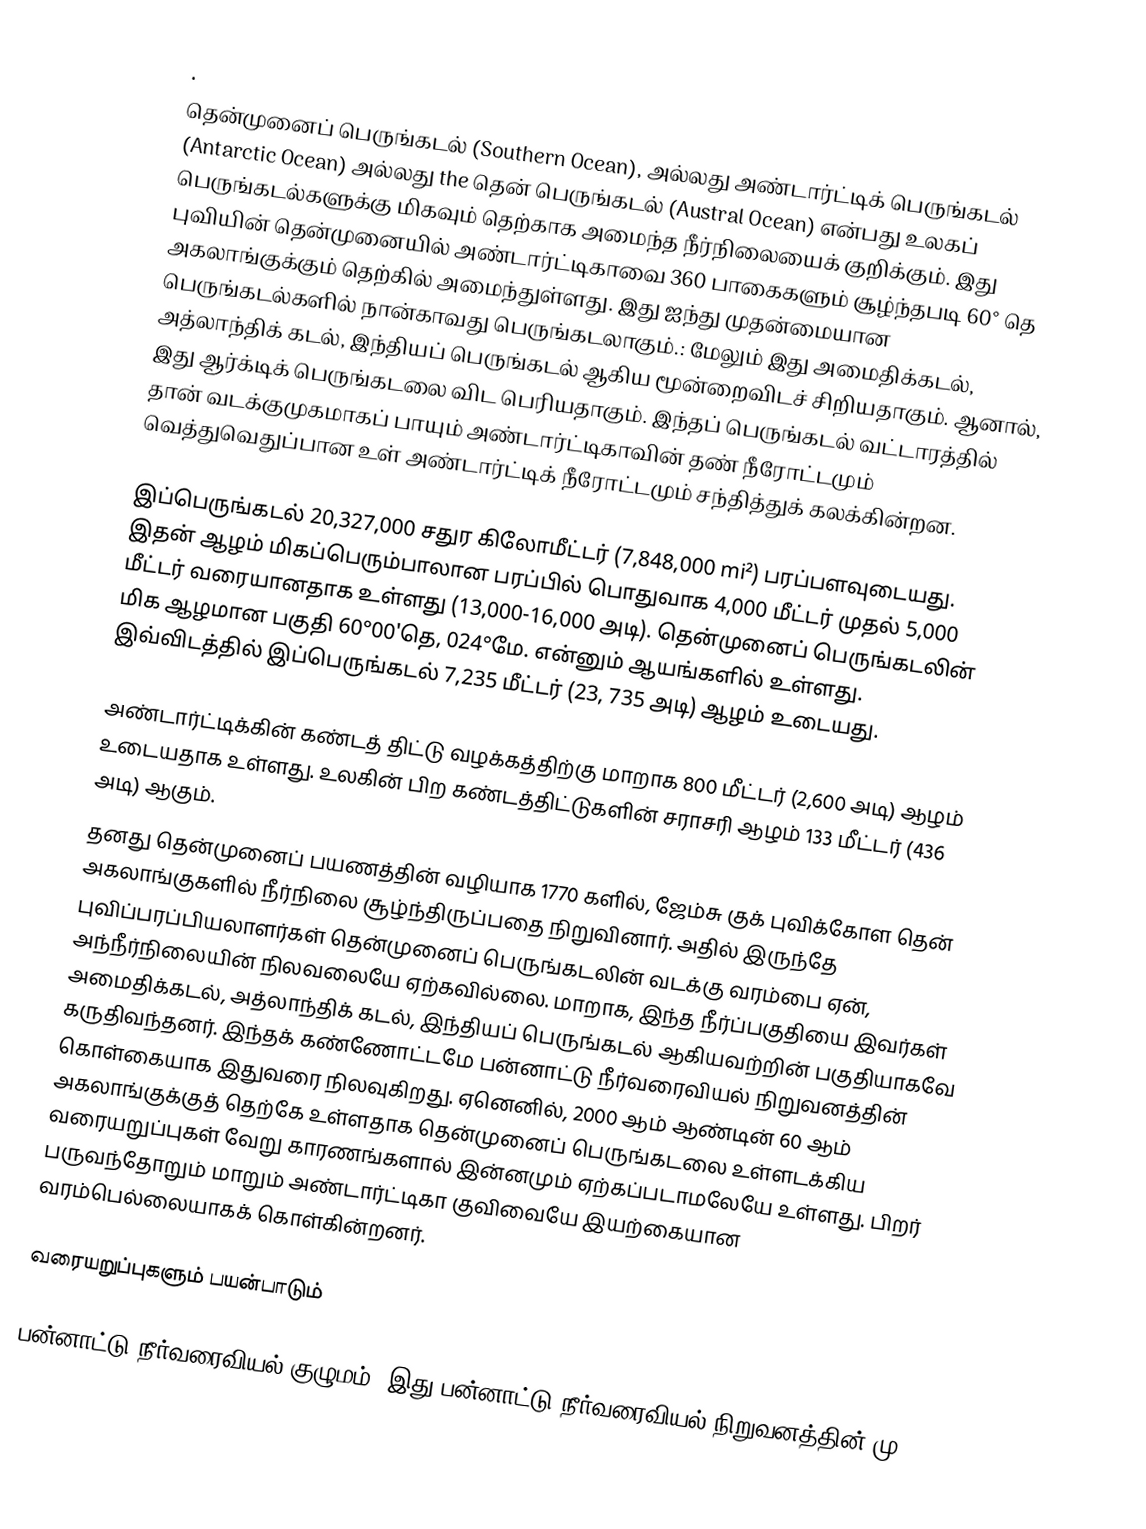
.
தென்முனைப் பெருங்கடல் (Southern Ocean), அல்லது அண்டார்ட்டிக் பெருங்கடல் (Antarctic Ocean) அல்லது the தென் பெருங்கடல் (Austral Ocean) என்பது உலகப் பெருங்கடல்களுக்கு மிகவும் தெற்காக அமைந்த நீர்நிலையைக் குறிக்கும். இது புவியின் தென்முனையில் அண்டார்ட்டிகாவை 360 பாகைகளும் சூழ்ந்தபடி  60° தெ அகலாங்குக்கும் தெற்கில் அமைந்துள்ளது. இது ஐந்து முதன்மையான பெருங்கடல்களில் நான்காவது பெருங்கடலாகும்.: மேலும் இது அமைதிக்கடல், அத்லாந்திக் கடல், இந்தியப் பெருங்கடல் ஆகிய மூன்றைவிடச் சிறியதாகும். ஆனால், இது ஆர்க்டிக் பெருங்கடலை விட பெரியதாகும். இந்தப் பெருங்கடல் வட்டாரத்தில் தான் வடக்குமுகமாகப் பாயும் அண்டார்ட்டிகாவின் தண் நீரோட்டமும் வெத்துவெதுப்பான உள் அண்டார்ட்டிக் நீரோட்டமும் சந்தித்துக் கலக்கின்றன.

இப்பெருங்கடல் 20,327,000 சதுர கிலோமீட்டர் (7,848,000 mi²) பரப்பளவுடையது. இதன் ஆழம் மிகப்பெரும்பாலான பரப்பில் பொதுவாக 4,000 மீட்டர் முதல் 5,000 மீட்டர் வரையானதாக உள்ளது (13,000-16,000 அடி). தென்முனைப் பெருங்கடலின் மிக ஆழமான பகுதி 60°00'தெ, 024°மே. என்னும் ஆயங்களில் உள்ளது. இவ்விடத்தில் இப்பெருங்கடல் 7,235 மீட்டர் (23, 735 அடி) ஆழம் உடையது.

அண்டார்ட்டிக்கின் கண்டத் திட்டு வழக்கத்திற்கு மாறாக 800 மீட்டர் (2,600 அடி) ஆழம் உடையதாக உள்ளது. உலகின் பிற கண்டத்திட்டுகளின் சராசரி ஆழம் 133 மீட்டர் (436 அடி) ஆகும்.
தனது தென்முனைப் பயணத்தின் வழியாக 1770 களில்,  ஜேம்சு குக் புவிக்கோள தென் அகலாங்குகளில் நீர்நிலை சூழ்ந்திருப்பதை நிறுவினார். அதில் இருந்தே புவிப்பரப்பியலாளர்கள் தென்முனைப் பெருங்கடலின் வடக்கு வரம்பை ஏன், அந்நீர்நிலையின் நிலவலையே ஏற்கவில்லை. மாறாக, இந்த நீர்ப்பகுதியை இவர்கள் அமைதிக்கடல், அத்லாந்திக் கடல், இந்தியப் பெருங்கடல் ஆகியவற்றின் பகுதியாகவே கருதிவந்தனர். இந்தக் கண்ணோட்டமே பன்னாட்டு நீர்வரைவியல் நிறுவனத்தின் கொள்கையாக இதுவரை நிலவுகிறது. ஏனெனில், 2000 ஆம் ஆண்டின் 60 ஆம் அகலாங்குக்குத் தெற்கே உள்ளதாக தென்முனைப் பெருங்கடலை உள்ளடக்கிய வரையறுப்புகள் வேறு காரணங்களால் இன்னமும் ஏற்கப்படாமலேயே உள்ளது. பிறர் பருவந்தோறும் மாறும் அண்டார்ட்டிகா குவிவையே இயற்கையான வரம்பெல்லையாகக் கொள்கின்றனர்.

வரையறுப்புகளும் பயன்பாடும்

பன்னாட்டு நீர்வரைவியல் குழுமம் (இது பன்னாட்டு நீர்வரைவியல் நிறுவனத்தின் மு